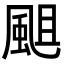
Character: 𩗃